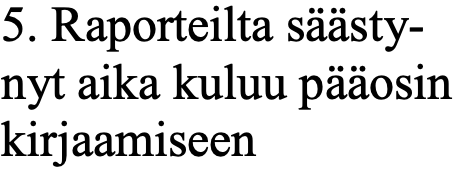
5. Raporteilta säästy- nyt aika kuluu pääosin kirjaamiseen